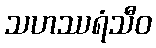
သဟဿရံသီဝ